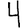
Digit: 4